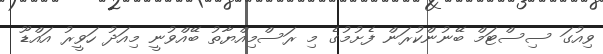
ވިއުގަ ސިސްޓަމް ބޭނުންކުރަން ފެށުމުގެ މި ރަސްމިއްޔާތު ބޭއްވުނީ މިއަދު ހަވީރު އައްޑޫ